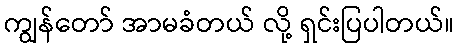
ကျွန်တော် အာမခံတယ် လို့ ရှင်းပြပါတယ်။